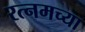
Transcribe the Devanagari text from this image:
रत्नमच्या